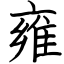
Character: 雍